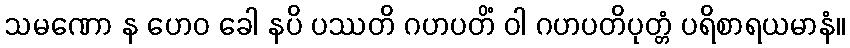
သမဏော န ဟေဝ ခေါ နပိ ပဿတိ ဂဟပတိံ ဝါ ဂဟပတိပုတ္တံ ပရိစာရယမာနံ။